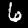
Label: 6